Annual report on the Civil Veterinary Department, Burma (including the Insein Veterinary School) - 1932-1941
Year: 1932
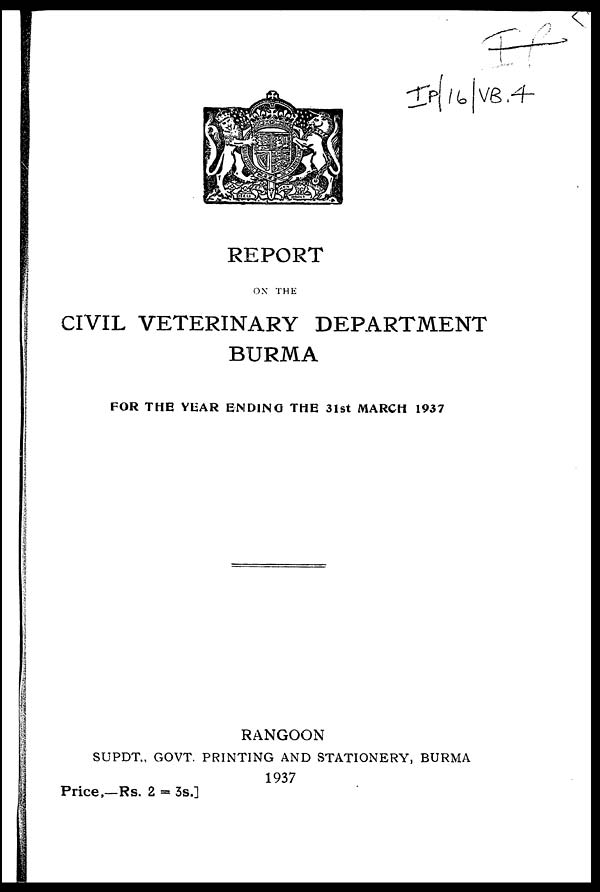
REPORT
ON THE
CIVIL VETERINARY DEPARTMENT
BURMA
FOR THE YEAR ENDING THE 31st MARCH 1937
RANGOON
SUPDT., GOVT. PRINTING AND STATIONERY, BURMA
1937
Price,—Rs. 2 = 3s.]